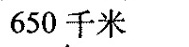
650千米